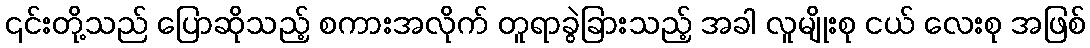
၎င်းတို့သည် ပြောဆိုသည့် စကားအလိုက် တူရာခွဲခြားသည့် အခါ လူမျိုးစု ငယ် လေးစု အဖြစ်